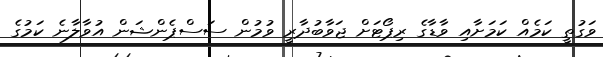
ވަގުތީ ކަމެއް ކަމަށާއި ވާޑާގެ ރިޕޯޓަށް ޖަވާބުދާރީ ވުމުން ސަސްޕެންޝަން އުވާލާނެ ކަމުގެ